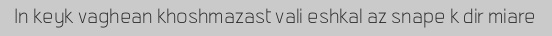
In keyk vaghean khoshmazast vali eshkal az snape k dir miare